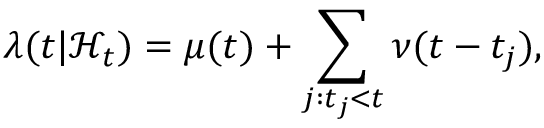
\lambda ( t | \mathcal { H } _ { t } ) = \mu ( t ) + \sum _ { j : t _ { j } < t } \nu ( t - t _ { j } ) ,